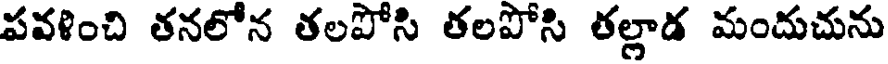
పవళించి తనలోన తలపోసి తలపోసి తల్లాడ మందుచును